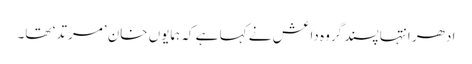
ادھر انتہا پسند گروہ داعش نے کہا ہے کہ ہمایوں خان ’مرتد‘ تھا۔